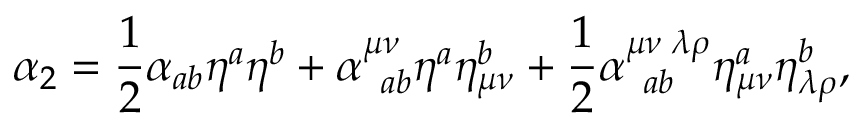
\alpha _ { 2 } = \frac { 1 } { 2 } \alpha _ { a b } \eta ^ { a } \eta ^ { b } + \alpha _ { \; \; a b } ^ { \mu \nu } \eta ^ { a } \eta _ { \mu \nu } ^ { b } + \frac { 1 } { 2 } \alpha _ { \; \; a b } ^ { \mu \nu \; \lambda \rho } \eta _ { \mu \nu } ^ { a } \eta _ { \lambda \rho } ^ { b } ,